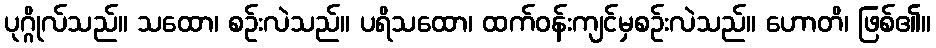
ပုဂ္ဂိုလ်သည်။ သထော၊ စဉ်းလဲသည်။ ပရိသထော၊ ထက်ဝန်းကျင်မှစဉ်းလဲသည်။ ဟောတိ၊ ဖြစ်၏။